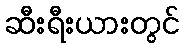
ဆီးရီးယားတွင်